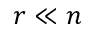
r \ll n